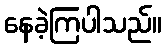
နေခဲ့ကြပါသည်။